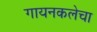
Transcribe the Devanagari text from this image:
गायनकलेचा